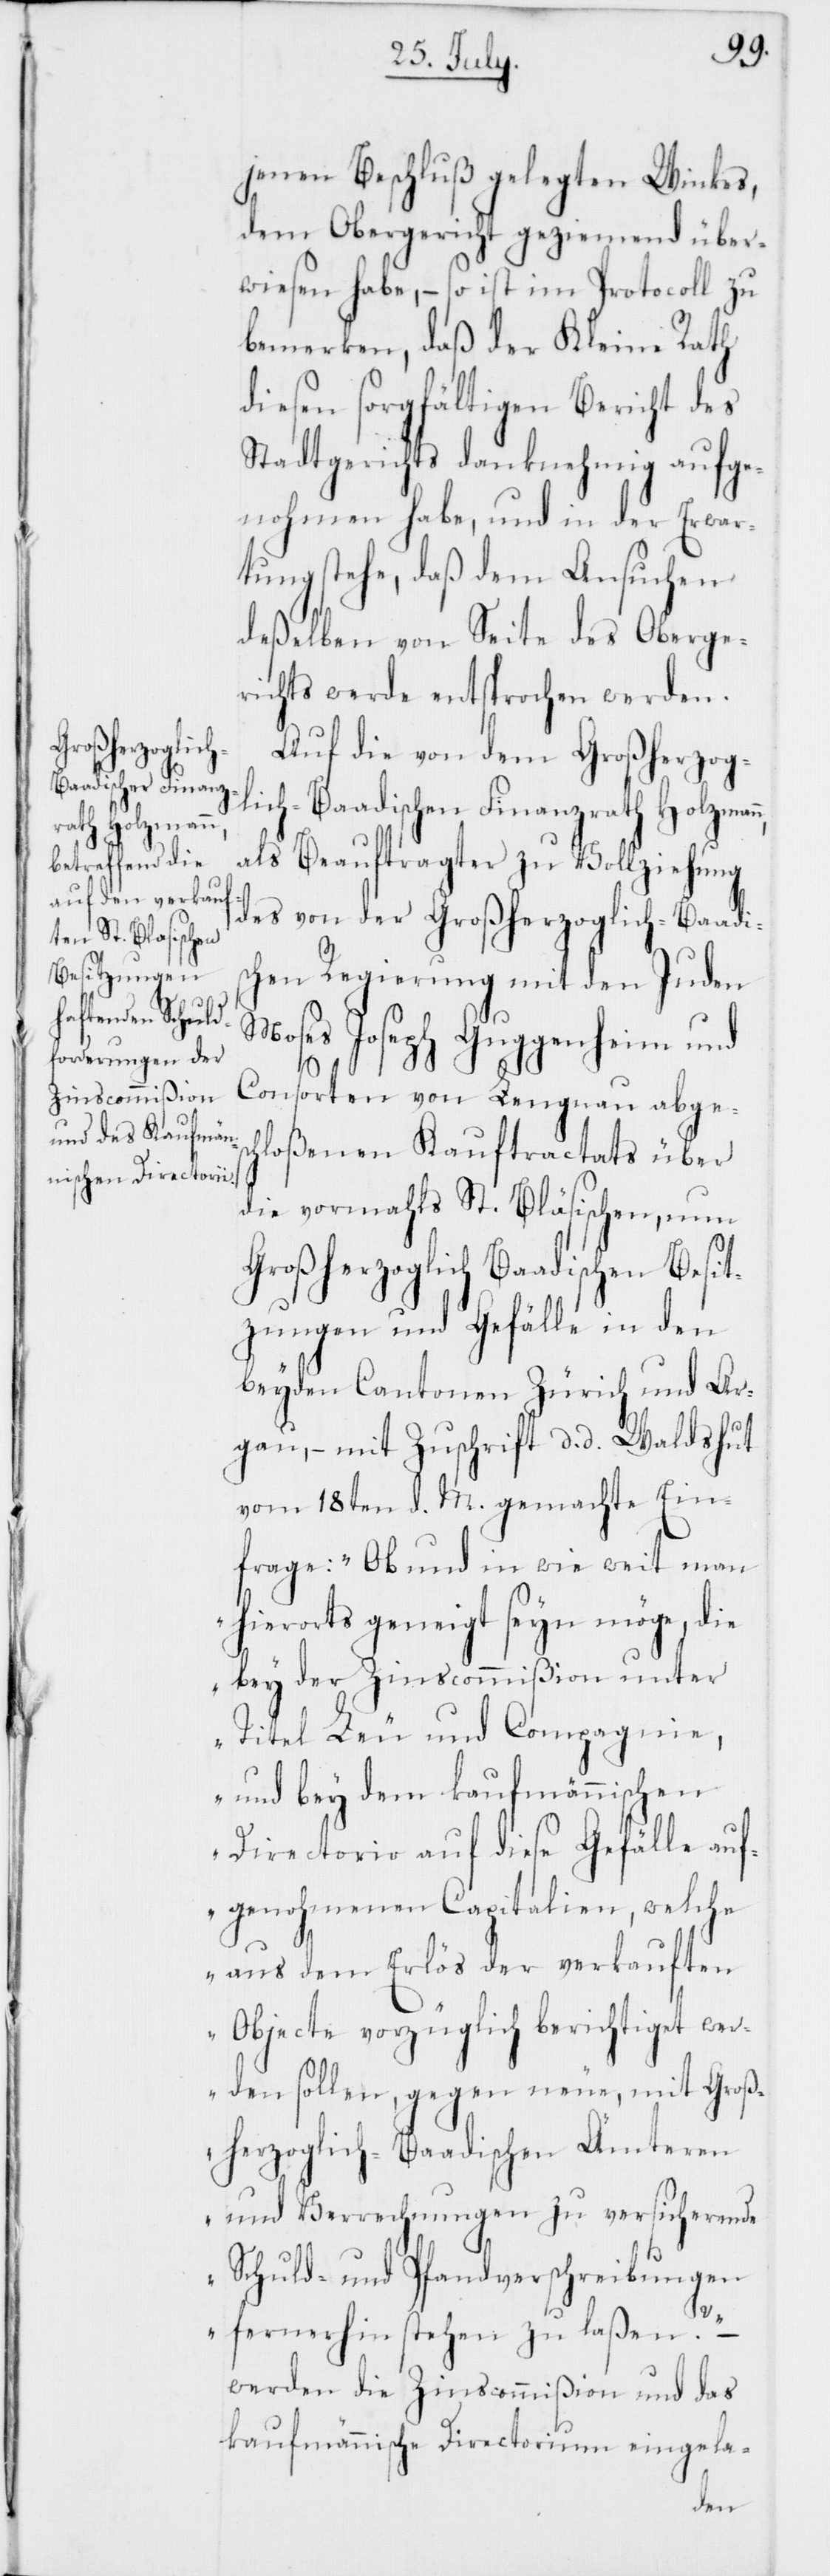
jenen Beschluß gelegten Winkes,
dem Obergericht geziemend über¬
wiesen habe, – so ist im Protocoll zu
bemerken, daß der Kleine Rath
diesen sorgfältigen Bericht des
Stadtgerichts danknehmig aufge¬
nohmen habe, und in der Erwar¬
tung stehe, daß dem Ansuchen
deßelben von Seite des Oberge¬
richts werde entsprochen werden.
Auf die von dem Großherzog¬
lich-Baadischen Finanzrath Holzman¬
als Beauftragter zu Vollziehung
des von der Großherzoglich-Baadi¬
schen Regierung mit dem Juden
Moses Joseph Guggenheim und
Consorten von Lengnau abgesc¬
hloßenen Kauftractats über
die vormahls St. Bläsischen, nun
Großherzoglich[-]Baadischen Besit¬
zungen und Gefälle in den
beyden Cantonen Zürich und Ar¬
gau, – mit Zuschrift d. d. Waldshut
vom 18ten d. M. gemachte Ein¬
frage: „Ob und in wie weit man
hierorts geneigt seyn möge, die
bey der Zinscommißion unter
Titel Leu und Compagnie,
und bey dem kaufmännischen
Directorio auf diese Gefälle auf¬
genohmenen Capitalien, welche
aus dem Erlös der verkauften
Objecte vorzüglich berichtiget wer¬
den sollen, gegen neue, mit Groß¬
herzoglich-Baadischen Ämteren
und Verrechnungen zu versicherende
Schuld- und Pfandverschreibungen
n,
fernerhin stehen zu laßen?“
werden die Zinscommißion und das
kaufmännische Directorium eingela-